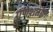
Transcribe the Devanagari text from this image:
गणेशताल